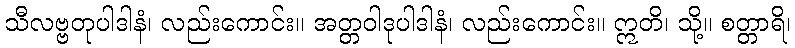
သီလဗ္ဗတုပါဒါနံ၊ လည်းကောင်း။ အတ္တဝါဒုပါဒါနံ၊ လည်းကောင်း။ ဣတိ၊ သို့။ စတ္တာရိ၊